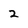
Character: 2